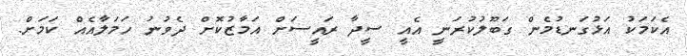
އެކަމަކު އަޅުގަނޑުމެން ގަބޫލުކުރަނީ އެއީ ސީދާ ރައީސަށް އަމާޒުކޮށް ދެވުނު ހަމަލާއެއް ކަމަށް.